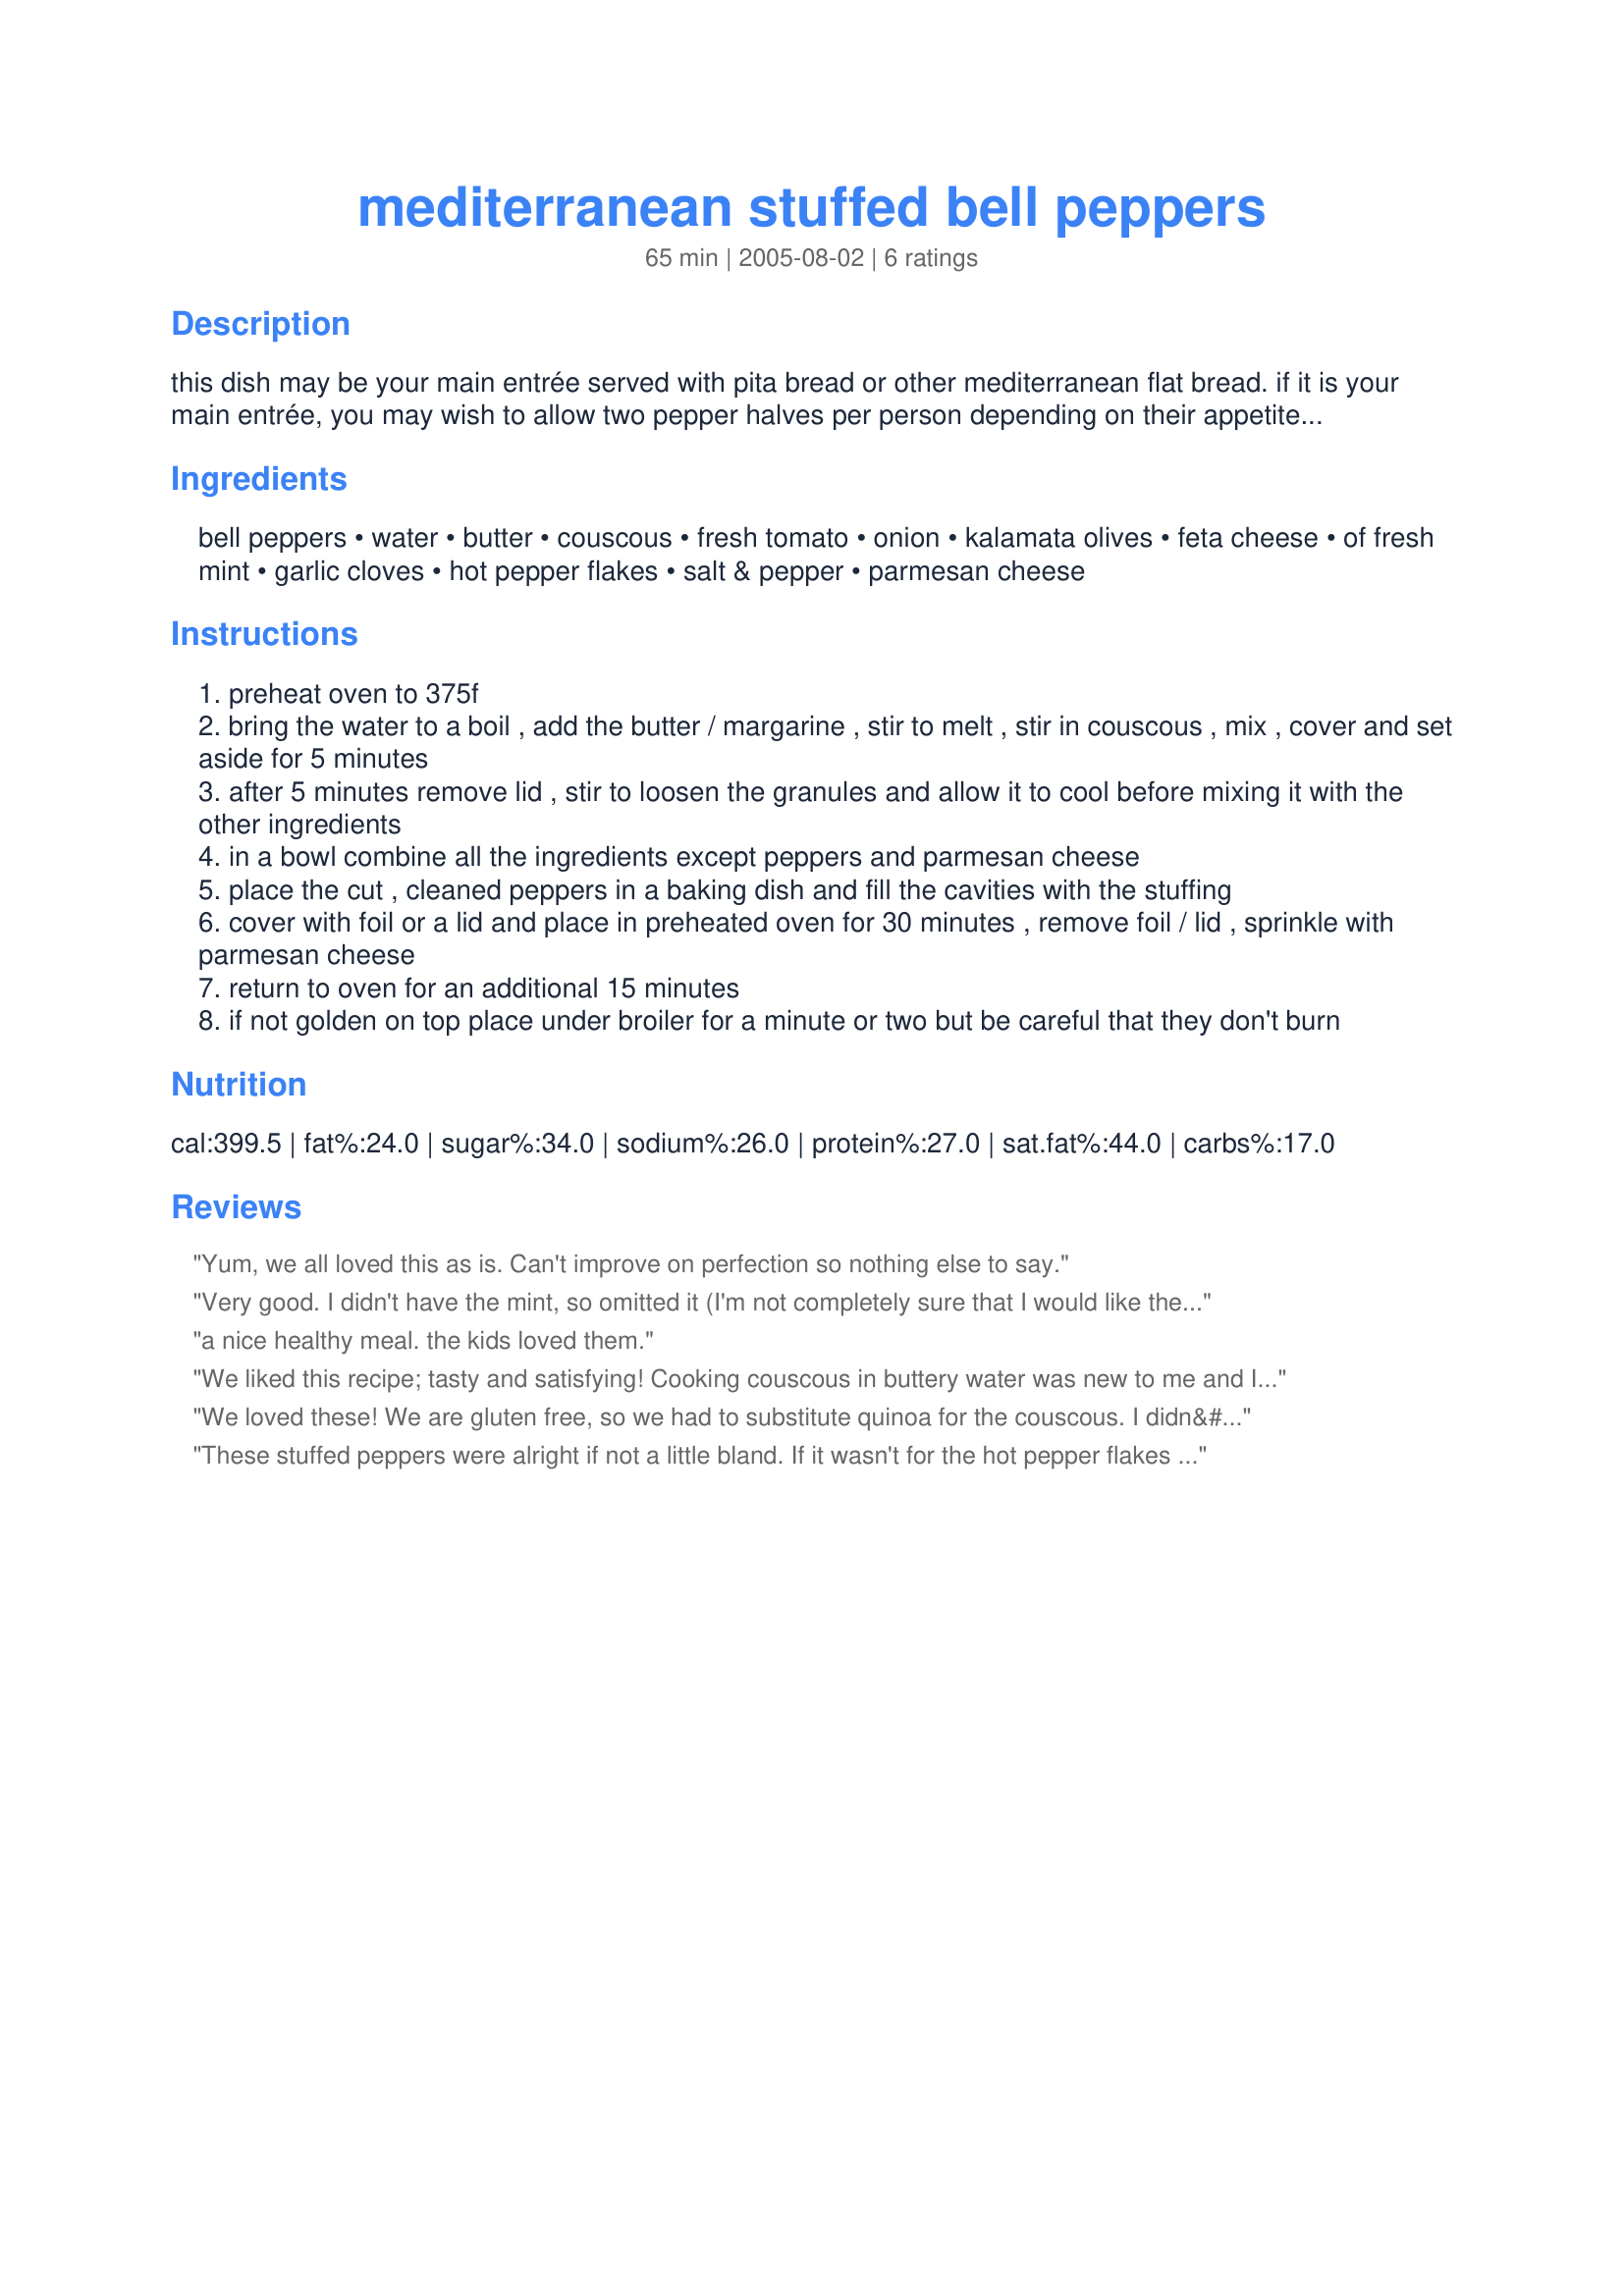
mediterranean stuffed bell peppers
Preparation time: 65 minutes

this dish may be your main entrée served with pita bread or other mediterranean flat bread. if it is your main entrée, you may wish to allow two pepper halves per person depending on their appetite size. it is beautiful served as part of a buffet and lends itself well to a brunch, lunch or dinner party. prepare ahead for those busy days and pop it into the oven 45 minutes before your family dinner time. a side salad goes well with the peppers.

Ingredients:
bell peppers, water, butter, couscous, fresh tomato, onion, kalamata olives, feta cheese, of fresh mint, garlic cloves, hot pepper flakes, salt & pepper, parmesan cheese

Steps:
preheat oven to 375f
bring the water to a boil , add the butter / margarine , stir to melt , stir in couscous , mix , cover and set aside for 5 minutes
after 5 minutes remove lid , stir to loosen the granules and allow it to cool before mixing it with the other ingredients
in a bowl combine all the ingredients except peppers and parmesan cheese
place the cut , cleaned peppers in a baking dish and fill the cavities with the stuffing
cover with foil or a lid and place in preheated oven for 30 minutes , remove foil / lid , sprinkle with parmesan cheese
return to oven for an additional 15 minutes
if not golden on top place under broiler for a minute or two but be careful that they don't burn

Reviews:
Yum, we all loved this as is. Can't improve on perfection so nothing else to say.
Very good. I didn't have the mint, so omitted it (I'm not completely sure that I would like the mint in this recipe anyways). I think that this would be a bit better if the onions were sauteed first. Also, I did use the optional hot pepper flakes. Next time, I would still use them, but much less than the recipe calls for.
a nice healthy meal. the kids loved them.
We liked this recipe; tasty and satisfying! Cooking couscous in buttery water was new to me and I was particularly pleased with the resulting flavour and texture. Although I measured the ingredients carefully, I found the recipe made too much stuffing for two peppers; I had enough for at least one more pepper or possibly two. No matter, we had the left-over stuffing as a couscous salad the next day :-)
We loved these! We are gluten free, so we had to substitute quinoa for the couscous. I didn&#039;t have any mint, so I left that out. Next time I will probably substitute some oregano &amp; basil for the mint. And my dd asked for more cheese. :) I can&#039;t wait to make them again!
These stuffed peppers were alright if not a little bland. If it wasn't for the hot pepper flakes it would not have a lot of taste. It did have a passable taste , I thought the feta, garlic, onions and olives would have been more noticeable, I think if I made it again I would use less couscous and more of the other ingredients. The parmesan cheese was a nice finish.
Good luck in the contest.
